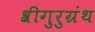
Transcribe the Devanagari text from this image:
श्रीगुरुग्रंथ